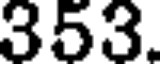
353.